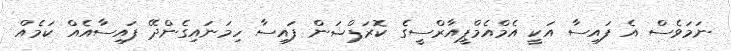
ނަމަވެސް އެ ފައިސާ އަކީ އެމްއެމްޕީއާރްސީގެ ކޮރަޕްޝަން ފައިސާ ހިމަނައިގެންދޭ ފައިސާއެއް ކަމެއް